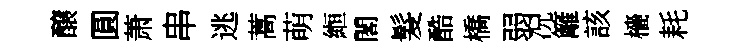
醸圓萧串逃蒿萌縆閣髮酷橋弱况籬該檣耗